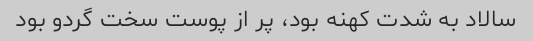
سالاد به شدت کهنه بود، پر از پوست سخت گردو بود